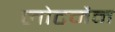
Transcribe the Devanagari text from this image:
लोटमैन